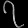
Digit: ၇